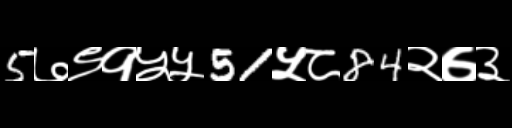
Text: 5७९१५५51५८84२७३